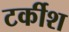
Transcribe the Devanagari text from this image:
टर्कीश